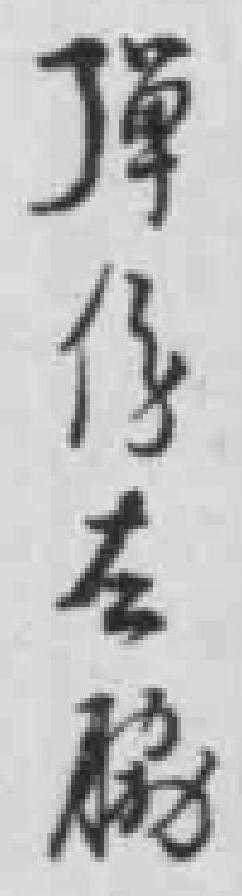
彈傷左*